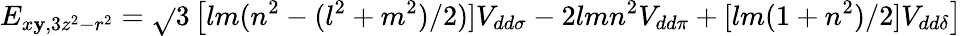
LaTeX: E_{x\mathbf{y},3z^{2}-r^{2}}={\sqrt{}{{3}}}\left[lm(n^{2}-(l^{2}+m^{2})/2)]V_{dd\sigma}-2lmn^{2}V_{dd\pi}+[lm(1+n^{2})/2]V_{dd\delta}\right]